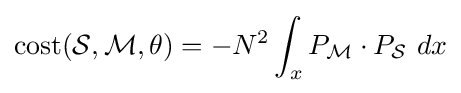
\operatorname {cost} ({\mathcal {S}},{\mathcal {M}},\theta )=-N^{2}\int _{x}P_{\mathcal {M}}\cdot P_{\mathcal {S}}~dx